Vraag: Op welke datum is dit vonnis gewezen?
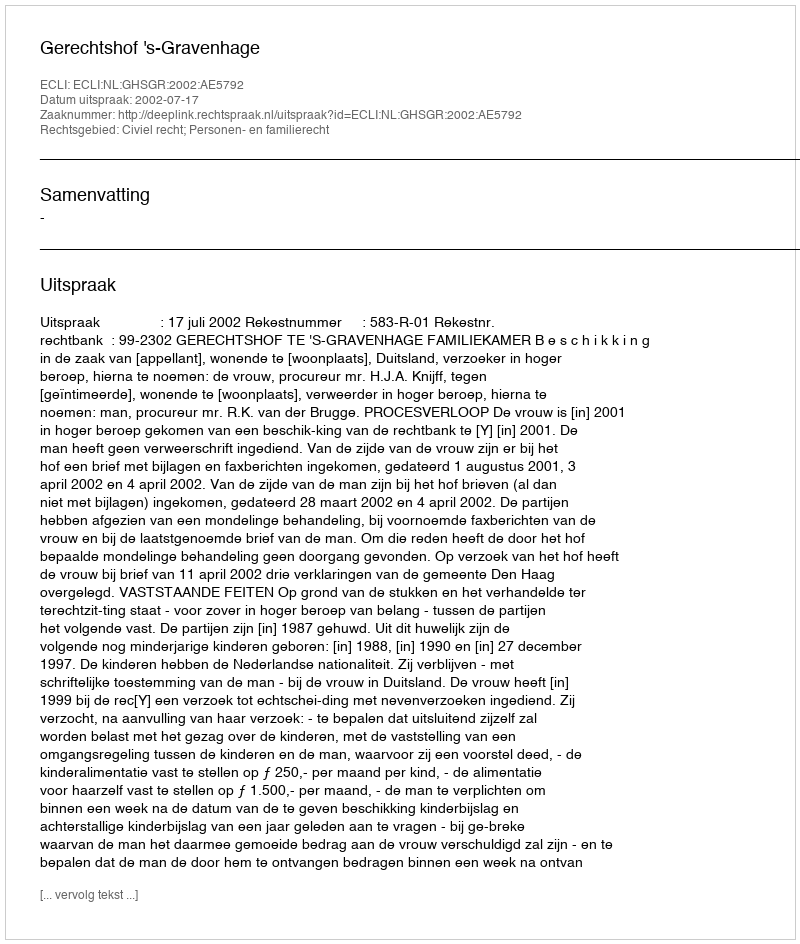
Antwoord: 2002-07-17